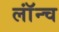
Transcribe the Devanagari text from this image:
लॉंन्च